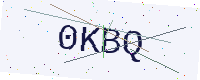
Text: 0KBQ